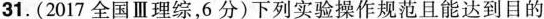
31.(2017全国Ⅲ理综，6分)下列实验操作规范且能达到目的